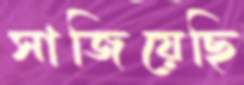
সাজিয়েছি